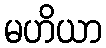
မဟိယာ